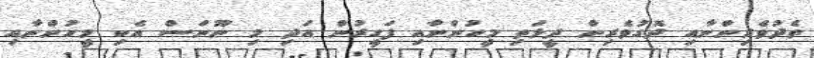
ތެދުވެރިންނާއި ދޮގުވެރިން ދީލަތި މީހުންނާއި ފަގީރުން އަދި މި ނޫނަސް އެކި މީހުންނާއި